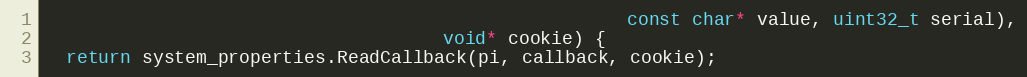
Language: C++
                                                      const char* value, uint32_t serial),
                                     void* cookie) {
  return system_properties.ReadCallback(pi, callback, cookie);